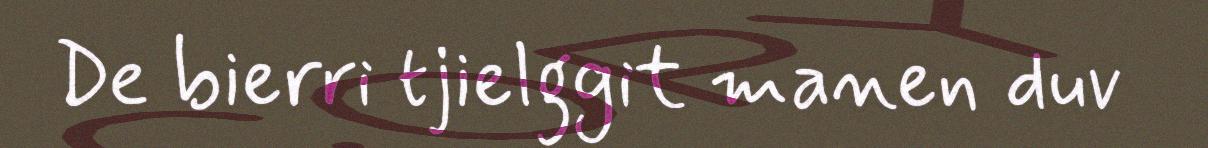
De bierri tjielggit manen duv